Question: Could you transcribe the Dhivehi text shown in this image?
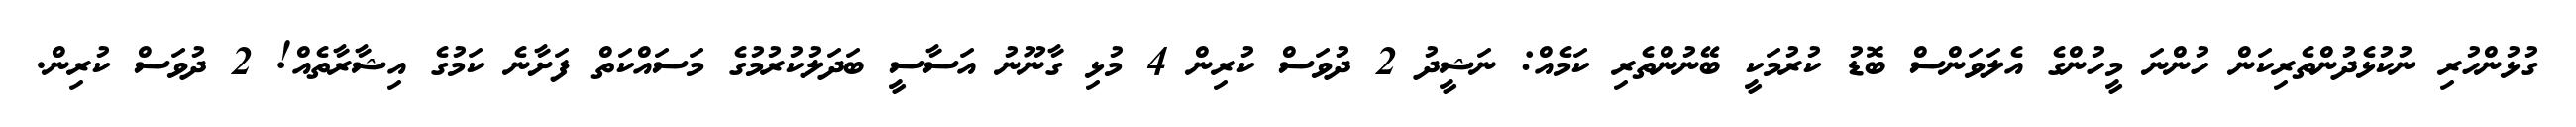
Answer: ގުޅުންހުރި ނުކުޅެދުންތެރިކަން ހުންނަ މީހުންގެ އެލަވަންސް ބޮޑު ކުރުމަކީ ބޭނުންތެރި ކަމެއް: ނަޝީދު 2 ދުވަސް ކުރިން 4 މުޅި ގާނޫނު އަސާސީ ބަދަލުކުރުމުގެ މަސައްކަތް ފަށާނެ ކަމުގެ އިޝާރާތެއް! 2 ދުވަސް ކުރިން.